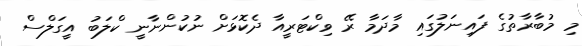
މި މުބާރާތުގެ ފައިނަލުގައި މާދަމާ ރޭ ވިކްޓަރީއާ ދެކޮޅަށް ނުކުންނާނީ ކްލަބު އީގަލްސް